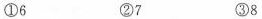
①6 ②7 ③8